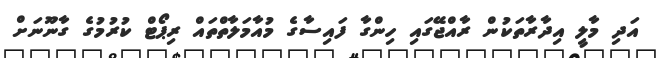
އަދި މާލީ އިދާރާތަކުން ރާއްޖޭގައި ހިންގާ ފައިސާގެ މުއާމަލާތްތައް ރިޕޯޓް ކުރުމުގެ ގާނޫނަށް